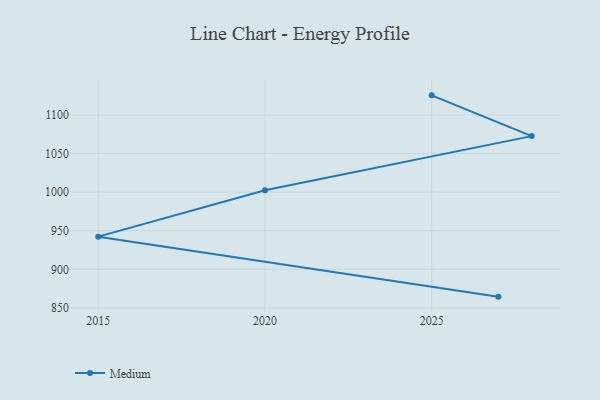
{"axis": {"x": "Year", "y": "Operating Costs (USD K)"}, "legend": ["Medium"], "data": [{"x": "2025", "y": 1125.3, "type": "Medium"}, {"x": "2028", "y": 1072.5, "type": "Medium"}, {"x": "2020", "y": 1002.4, "type": "Medium"}, {"x": "2015", "y": 942.3, "type": "Medium"}, {"x": "2027", "y": 864.6, "type": "Medium"}]}